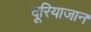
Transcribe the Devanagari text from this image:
दूरियाजान